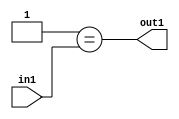
`timescale 1ps / 1ps
/*****************************************************************************
    Verilog RTL Description
    
    
    Created by: Stratus DpOpt 2019.1.01 
*******************************************************************************/

module pw_weight_addr_gen_Eqi1u16_4 (
	in1,
	out1
	); /* architecture "behavioural" */ 
input [15:0] in1;
output  out1;
wire  asc001;

assign asc001 = (21'B000000000000000000001==in1);

assign out1 = asc001;
endmodule

/* CADENCE  urn0Qgk= : u9/ySgnWtBlWxVPRXgAZ4Og= ** DO NOT EDIT THIS LINE ******/